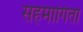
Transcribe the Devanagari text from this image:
सहमागिता